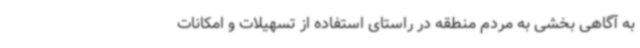
به آگاهی بخشی به مردم منطقه در راستای استفاده از تسهیلات و امکانات